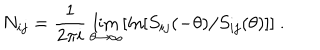
N _ { i j } = \frac { 1 } { 2 \pi i } \lim _ { \theta \rightarrow \infty } [ \ln [ S _ { i j } ( - \theta ) / S _ { i j } ( \theta ) ] ] ~ .